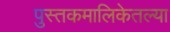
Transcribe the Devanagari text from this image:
पुस्तकमालिकेतल्या